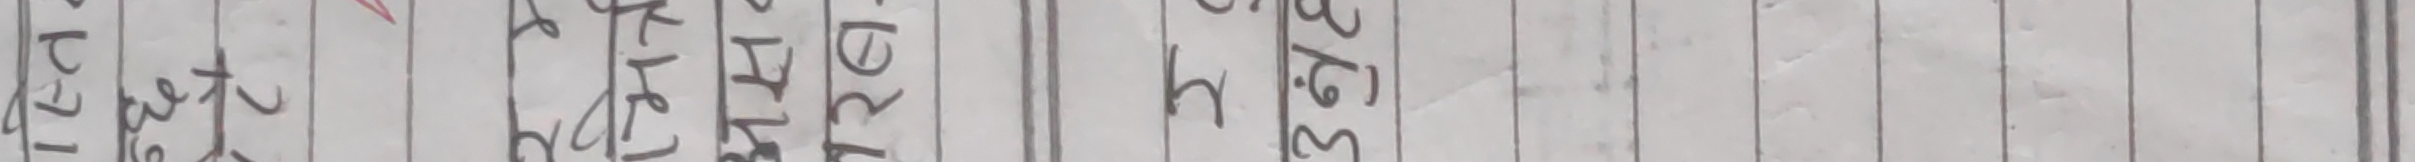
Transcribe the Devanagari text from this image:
हेरेर ३.७%